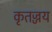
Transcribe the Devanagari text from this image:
कृतज्जय